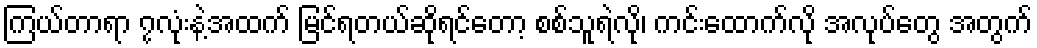
ကြယ်တာရာ ၇လုံးနဲ့အထက် မြင်ရတယ်ဆိုရင်တော့ စစ်သူရဲလို၊ ကင်းထောက်လို အလုပ်တွေ အတွက်